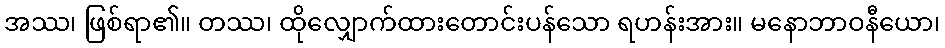
အဿ၊ ဖြစ်ရာ၏။ တဿ၊ ထိုလျှောက်ထားတောင်းပန်သော ရဟန်းအား။ မနောဘာဝနီယော၊